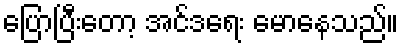
ပြောပြီးတော့ အင်ဒရေး မောနေသည်။